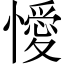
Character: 懓